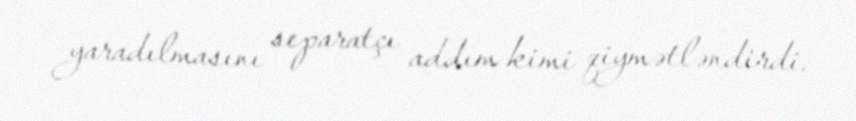
yaradılmasını separatçı addım kimi qiymətləndirdi.